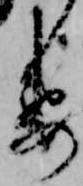
要